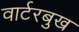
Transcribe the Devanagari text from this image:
वार्टरबुख